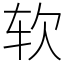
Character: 软